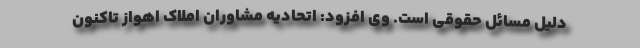
دلیل مسائل حقوقی است. وی افزود: اتحادیه مشاوران املاک اهواز تاکنون